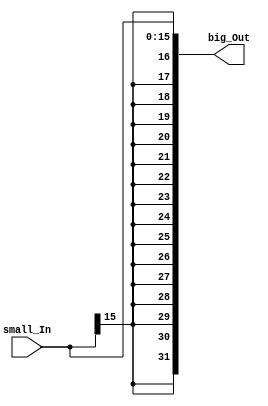
`timescale 1ns / 1ps
//////////////////////////////////////////////////////////////////////////////////
// Company: 
// Engineer: 
// 
// Design Name: 
// Module Name: Sign_Extend
// Project Name: 
// Target Devices: 
// Tool Versions: 
// Description: 
// 
// Dependencies: 
// 
// Revision:
// Revision 0.01 - File Created
// Additional Comments:
// 
//////////////////////////////////////////////////////////////////////////////////


module Sign_Extend(input [15:0] small_In ,
                   output wire [31:0] big_Out);
                  assign big_Out={{16{small_In[15]}},small_In[15:0]};
endmodule